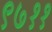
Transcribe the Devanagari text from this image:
९७११